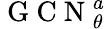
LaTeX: \mathrm{~G~C~N~}_{\theta}^{a}